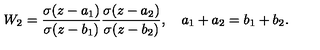
W _ { 2 } = \frac { \sigma ( z - a _ { 1 } ) } { \sigma ( z - b _ { 1 } ) } \frac { \sigma ( z - a _ { 2 } ) } { \sigma ( z - b _ { 2 } ) } , \quad a _ { 1 } + a _ { 2 } = b _ { 1 } + b _ { 2 } .